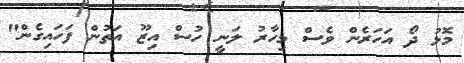
މޮޅު ދޯ އަހަރެން ވެސް މިހާރު ލަނީ ހުސް އިޒޫ އަތުން ފަހައިގެން"